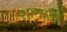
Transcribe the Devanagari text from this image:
शाम्यति